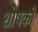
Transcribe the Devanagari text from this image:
शोषको